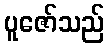
ပူဇော်သည်